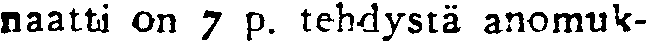
naatti on 7 p. tehdystä anomuk-